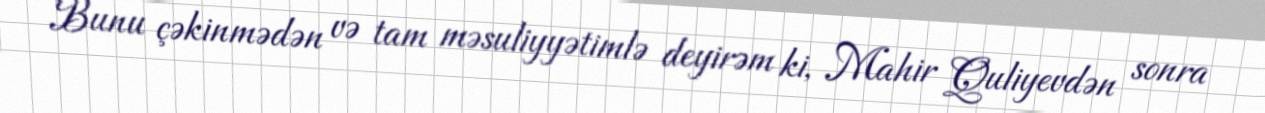
Bunu çəkinmədən və tam məsuliyyətimlə deyirəm ki, Mahir Quliyevdən sonra